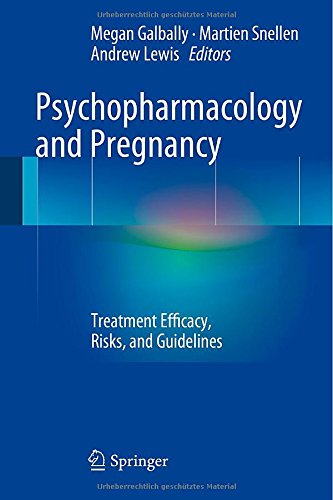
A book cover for Psychopharmacology and Pregnancy: Treatment Efficacy, Risks, and Guidelines; Medical Books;